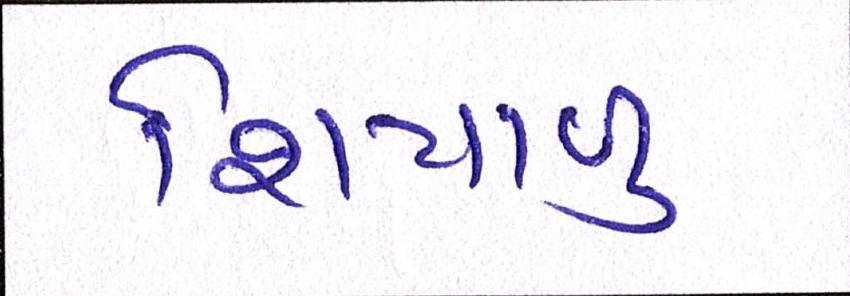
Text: શિયાળુ